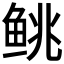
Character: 𬶐